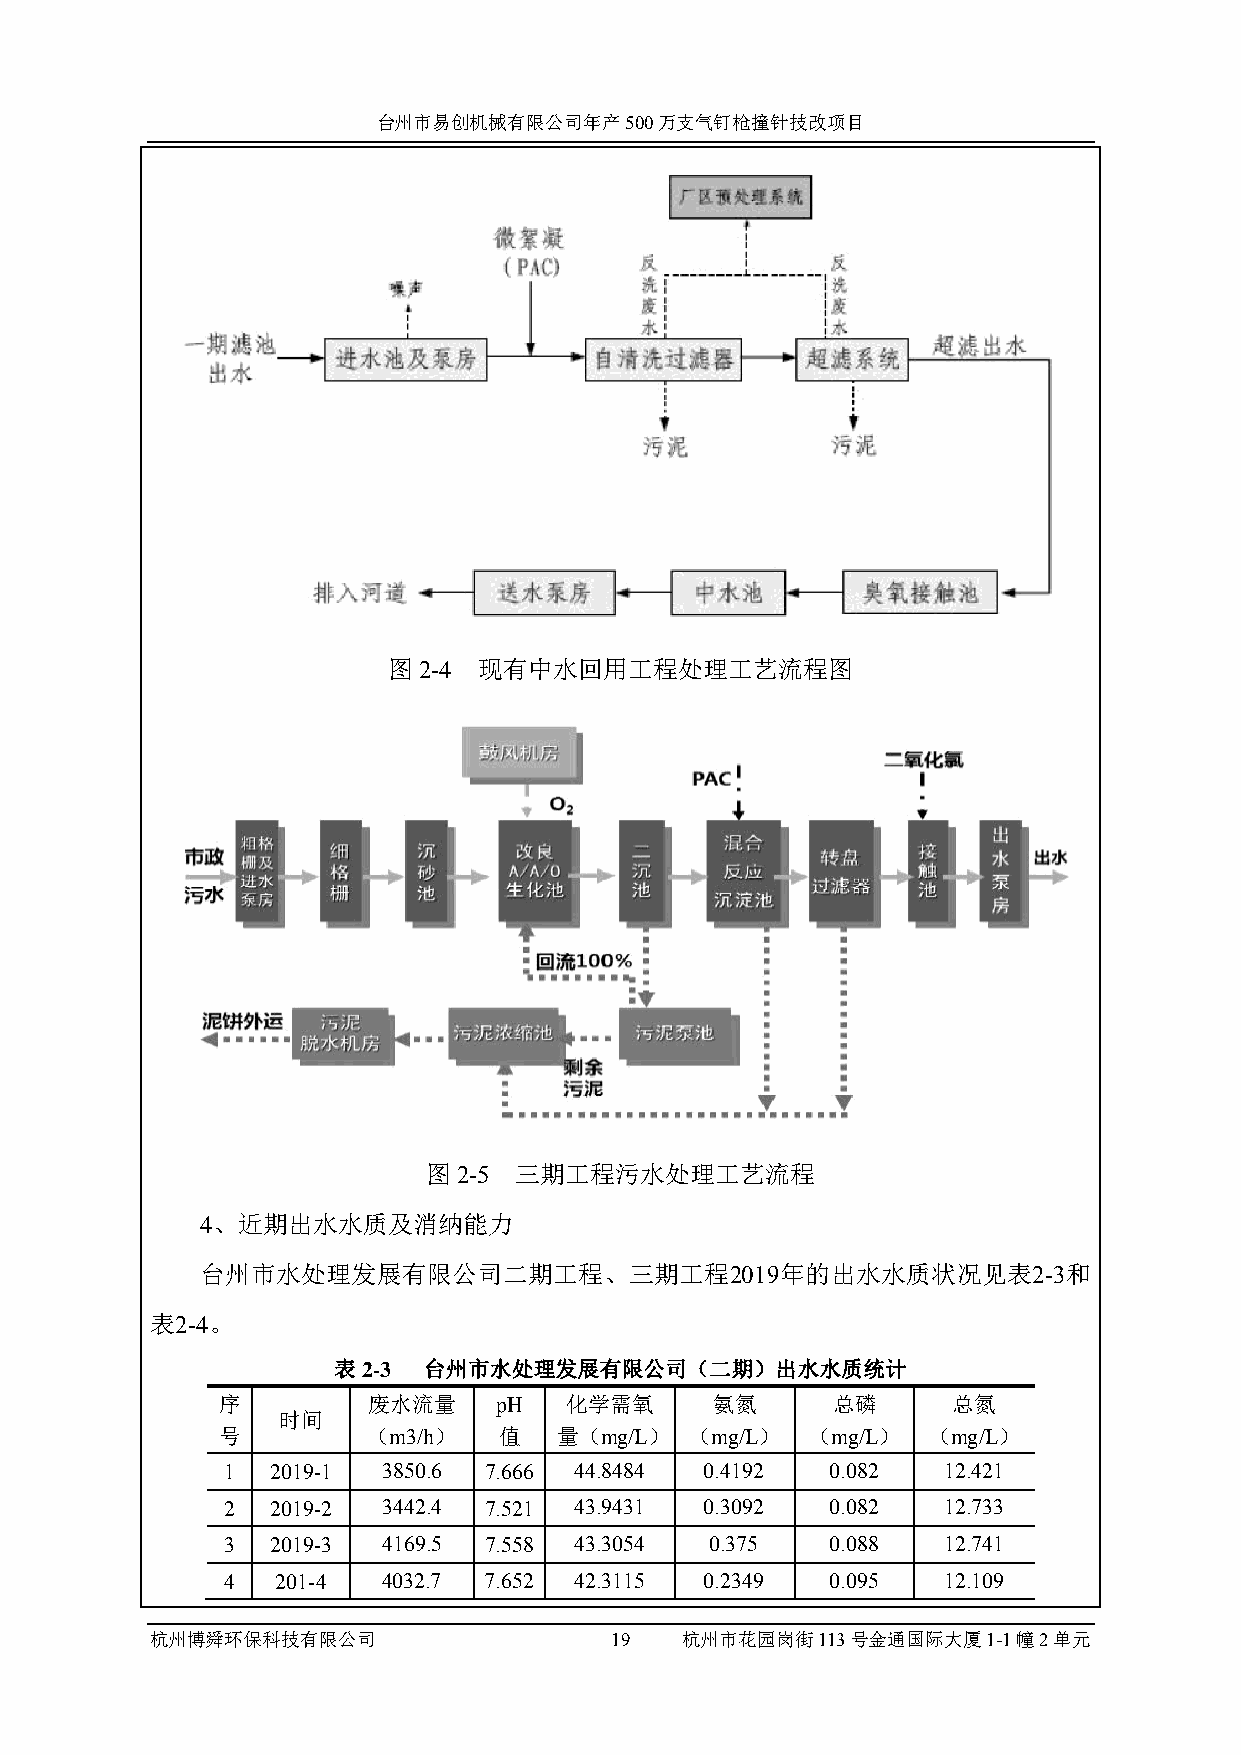
台州市易创机械有限公司年产500万支气钉枪撞针技改项目
 图2-4  现有中水回用工程处理工艺流程图
 图2-5  三期工程污水处理工艺流程
 4、近期出水水质及消纳能力
 台州市水处理发展有限公司二期工程、三期工程2019年的出水水质状况见表2-3和
 表2-4。
 表2-3  台州市水处理发展有限公司（二期）出水水质统计
 序         废水流量     pH  化学需氧      氨氮      总磷      总氮
 时间
 号         （m3/h）   值   量（mg/L）  （mg/L）  （mg/L） （mg/L）
 1  2019-1 3850.6 7.666 44.8484  0.4192  0.082  12.421
 2  2019-2 3442.4 7.521 43.9431  0.3092  0.082  12.733
 3  2019-3 4169.5 7.558 43.3054  0.375   0.088  12.741
 4  201-4  4032.7 7.652 42.3115  0.2349  0.095  12.109
 杭州博舜环保科技有限公司                  19   杭州市花园岗街113号金通国际大厦1-1幢2单元